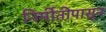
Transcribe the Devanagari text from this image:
निर्मीतीपासून